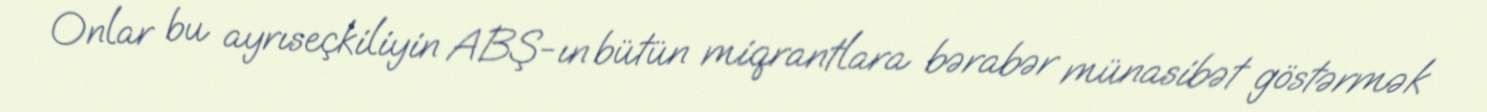
Onlar bu ayrıseçkiliyin ABŞ-ın bütün miqrantlara bərabər münasibət göstərmək